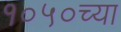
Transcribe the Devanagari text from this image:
१०५०च्या